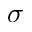
\sigma